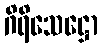
ဂိရိသေဋ္ဌော